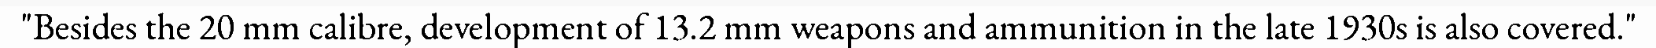
"Besides the 20 mm calibre, development of 13.2 mm weapons and ammunition in the late 1930s is also covered."